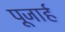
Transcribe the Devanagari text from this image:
पूजार्ह